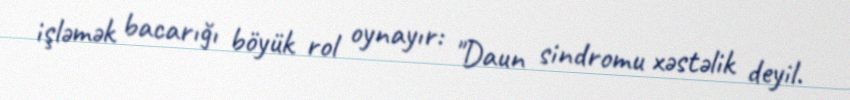
işləmək bacarığı böyük rol oynayır: "Daun sindromu xəstəlik deyil.